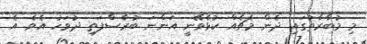
މި މުބާރާތުގައި ދެން މެޗެއް ކުޅެވޭނީ އަންނަ ބުރާސްފަތި ދުވަހު އެވެ. އެ